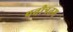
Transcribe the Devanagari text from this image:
पवीत्रतम